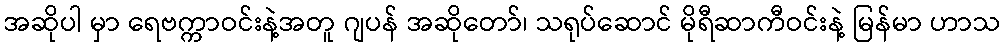
အဆိုပါ မှာ ရေဗက္ကာဝင်းနဲ့အတူ ဂျပန် အဆိုတော်၊ သရုပ်ဆောင် မိုရီဆာကီဝင်းနဲ့ မြန်မာ ဟာသ